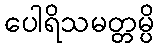
ပေါရိသမတ္တမ္ပိ